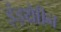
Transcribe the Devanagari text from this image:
इंड्थ्रैाीन